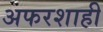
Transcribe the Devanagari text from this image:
अफरशाही